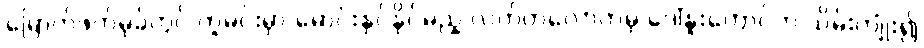
မြောက်ဖက်မုခ်တွင် ကူမင်းမှာ မောင်းနှင်နိုင်မည့် လတ်တလောကမှ ဒေါ်နူးတောင်က သိမ်းကျုံး၍